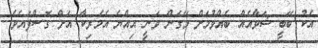
އެކު ބޭބީ ޝަވާއެއް ބެއްވުމަށް މޭގަން ވަނީ އިއްޔެ އެމެރިކާ އަށް ގޮސްފައެވެ.